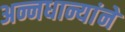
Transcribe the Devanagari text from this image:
अन्नधान्यांने